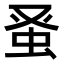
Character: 𫊫